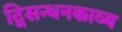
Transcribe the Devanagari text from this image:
द्विसन्धनकाव्य